Leaving Certificate Examination (including Day School Certificate (Higher) General paper), 1938
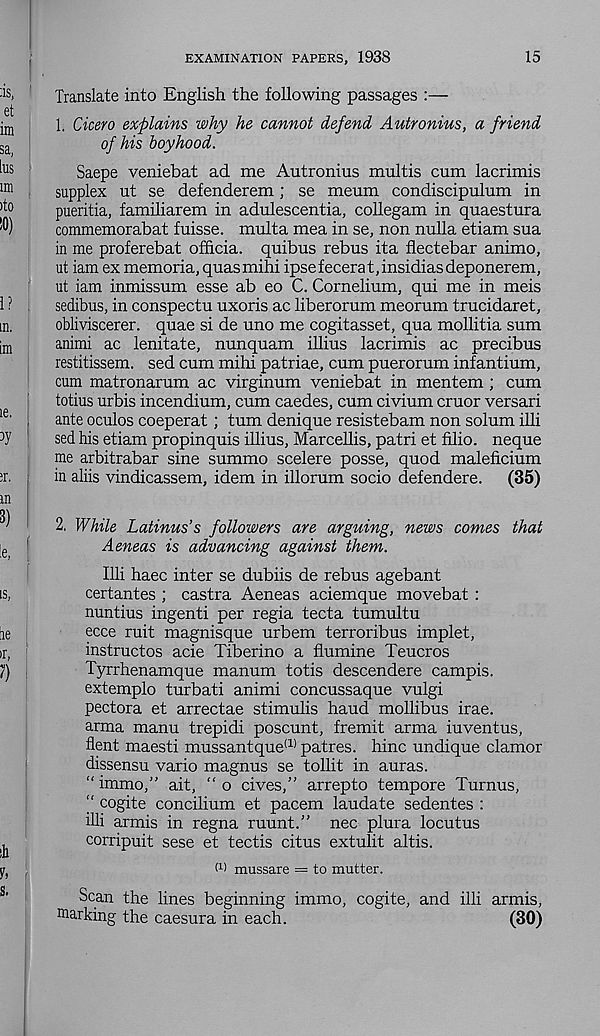
EXAMINATION PAPERS, 1938
15
|
Translate into English the following passages :—
1. Cicero explains why he cannot defend Autronius, a friend
of his boyhood.
Saepe veniebat ad me Autronius multis cum lacrimis
supplex ut se defenderem; se meum condiscipulum in
pueritia, familiarem in adulescentia, cohegam in quaestura
commemorabat fuisse. multa mea in se, non nulla etiam sua
in me proferebat officia. quibus rebus ita flectebar animo,
ut iam ex memoria, quasmihi ipsefecerat,insidiasdeponerem,
ut iam inmissum esse ab eo C. Cornelium, qui me in meis
sedibus, in conspectu uxoris ac liberorum meorum trucidaret,
obliviscerer. quae si de uno me cogitasset, qua mollitia sum
animi ac lenitate, nunquam illius lacrimis ac precibus
restitissem. sed cum mihi patriae, cum puerorum infantium,
cum matronarum ac virginum veniebat in mentem ; cum
totius urbis incendium, cum caedes, cum civium cruor versari
ante oculos coeperat; turn denique resistebam non solum ihi
sed his etiam propinquis illius, Marcehis, patri et filio. neque
me arbitrabar sine summo scelere posse, quod maleficium
in aliis vindicassem, idem in illorum socio defendere. (35)
2. While Latinus’s followers are arguing, news comes that
Aeneas is advancing against them.
Illi haec inter se dubiis de rebus agebant
certantes ; castra Aeneas aciemque movebat :
nuntius ingenti per regia tecta tumultu
ecce ruit magnisque urbem terroribus implet,
instructos acie Tiberino a flumine Teucros
Tyrrhenamque manum totis descendere campis.
extemplo turbati animi concussaque vulgi
pectora et arrectae stimulis baud mollibus irae.
arma manu trepidi poscunt, fremit arma iuventus,
Sent maesti mussantque (1) patres. hinc undique clamor
dissensu vario magnus se tollit in auras.
“ immo,” ait, “ o cives,” arrepto tempore Turnus,
“ cogite concilium et pacem laudate sedentes :
illi armis in regna ruunt.” nec plura locutus
corripuit sese et tectis citus extulit altis.
M mussare = to mutter.
Scan the lines beginning immo, cogite, and illi armis,
marking the caesura in each.
(30)